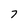
Character: 7